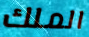
الملك